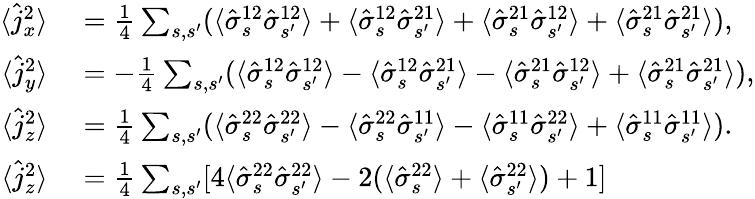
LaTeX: \begin{array}{rl}{\langle\hat{j}_{x}^{2}\rangle}&{{}=\frac{1}{4}\sum_{s,s^{\prime}}(\langle\hat{\sigma}_{s}^{12}\hat{\sigma}_{s^{\prime}}^{12}\rangle+\langle\hat{\sigma}_{s}^{12}\hat{\sigma}_{s^{\prime}}^{21}\rangle+\langle\hat{\sigma}_{s}^{21}\hat{\sigma}_{s^{\prime}}^{12}\rangle+\langle\hat{\sigma}_{s}^{21}\hat{\sigma}_{s^{\prime}}^{21}\rangle),}\\ {\langle\hat{j}_{y}^{2}\rangle}&{{}=-\frac{1}{4}\sum_{s,s^{\prime}}(\langle\hat{\sigma}_{s}^{12}\hat{\sigma}_{s^{\prime}}^{12}\rangle-\langle\hat{\sigma}_{s}^{12}\hat{\sigma}_{s^{\prime}}^{21}\rangle-\langle\hat{\sigma}_{s}^{21}\hat{\sigma}_{s^{\prime}}^{12}\rangle+\langle\hat{\sigma}_{s}^{21}\hat{\sigma}_{s^{\prime}}^{21}\rangle),}\\ {\langle\hat{j}_{z}^{2}\rangle}&{{}=\frac{1}{4}\sum_{s,s^{\prime}}(\langle\hat{\sigma}_{s}^{22}\hat{\sigma}_{s^{\prime}}^{22}\rangle-\langle\hat{\sigma}_{s}^{22}\hat{\sigma}_{s^{\prime}}^{11}\rangle-\langle\hat{\sigma}_{s}^{11}\hat{\sigma}_{s^{\prime}}^{22}\rangle+\langle\hat{\sigma}_{s}^{11}\hat{\sigma}_{s^{\prime}}^{11}\rangle).}\\ {\langle\hat{j}_{z}^{2}\rangle}&{{}=\frac{1}{4}\sum_{s,s^{\prime}}[4\langle\hat{\sigma}_{s}^{22}\hat{\sigma}_{s^{\prime}}^{22}\rangle-2(\langle\hat{\sigma}_{s}^{22}\rangle+\langle\hat{\sigma}_{s^{\prime}}^{22}\rangle)+1]}\end{array}